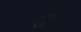
હ